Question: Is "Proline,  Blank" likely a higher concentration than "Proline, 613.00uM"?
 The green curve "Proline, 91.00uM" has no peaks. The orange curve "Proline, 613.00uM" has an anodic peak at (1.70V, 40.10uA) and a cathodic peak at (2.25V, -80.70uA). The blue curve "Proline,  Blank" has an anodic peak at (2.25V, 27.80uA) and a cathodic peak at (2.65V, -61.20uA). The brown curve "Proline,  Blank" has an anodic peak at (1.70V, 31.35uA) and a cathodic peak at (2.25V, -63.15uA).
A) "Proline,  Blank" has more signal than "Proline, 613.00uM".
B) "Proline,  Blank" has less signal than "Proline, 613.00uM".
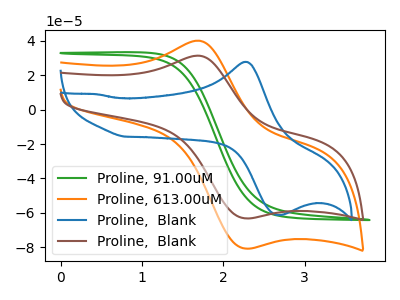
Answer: <think>All the peaks in "Proline,  Blank" have a peak in "Proline, 613.00uM" at the same potential. Every peak in "Proline,  Blank" is lower than every peak in "Proline, 613.00uM".
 </think>
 <answer>B) "Proline,  Blank" has less signal than "Proline, 613.00uM".</answer>
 <eval>B</eval>